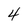
Character: 4